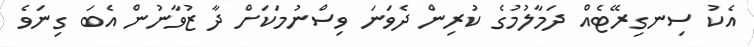
އެކު ސިނގިރޭޓެއް ދަމާލުމުގެ ކުރިން ދެވަނަ ވިސްނުމަކަށް ދާ ޒުވާނުން އެބަ ގިނަވެ